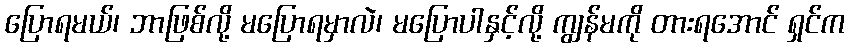
ပြောရမယ်၊ ဘာဖြစ်လို့ မပြောရမှာလဲ၊ မပြောပါနှင့်လို့ ကျွန်မကို တားရအောင် ရှင်က